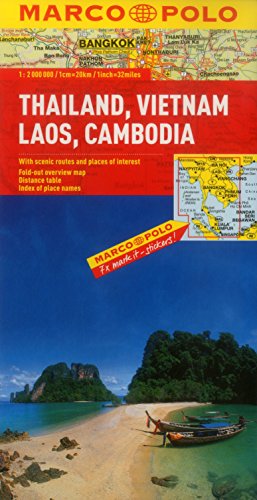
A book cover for Thailand, Vietnam, Laos, & Cambodia Map (Marco Polo Maps); Marco Polo Travel; Reference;